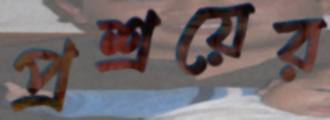
প্রশ্রয়ের